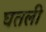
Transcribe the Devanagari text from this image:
घतली